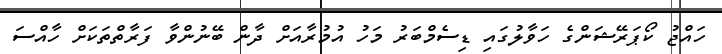
ހައްޖު ކޯޕަރޭޝަންގެ ހަވާލުގައި ޑިސެމްބަރު މަހު އުމުރާއަށް ދާން ބޭނުންވާ ފަރާތްތަކަށް ހާއްސަ